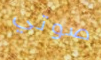
صوتي